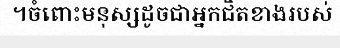
។ចំពោះមនុស្សដូចជាអ្នកជិតខាងរបស់